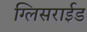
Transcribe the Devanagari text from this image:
ग्लिसराईड